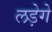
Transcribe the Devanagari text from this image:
लड़ेगे